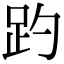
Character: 趵